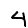
Digit: 4